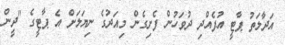
އަދާލަތު ޕާޓީ އުފެއްދި ދުވަހުން ފެށިގެން މިއަދުގެ ނިޔަލަށް އެ ޕާޓީގެ "ދީން